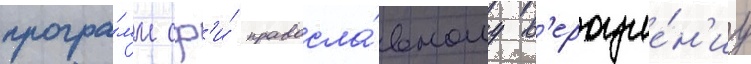
програ́мм сф'и́ правосла́вному в'ероуче́н'иу